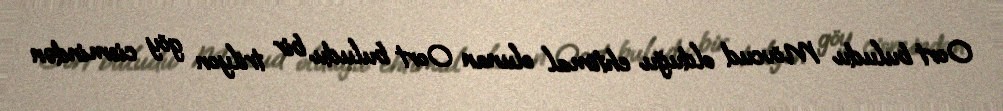
Oort buludu Mövcud olduğu ehtimal olunan Oort buludu bir trilyon göy cismindən